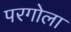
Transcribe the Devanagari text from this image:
परगोला